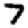
Digit: 7